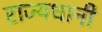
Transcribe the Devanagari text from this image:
राज्यधानी